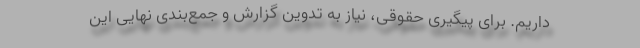
داریم. برای پیگیری حقوقی، نیاز به تدوین گزارش و جمع‌بندی نهایی این